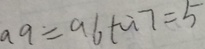
a 9 = a 6 + a 7 = 5